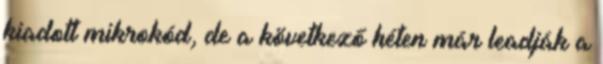
kiadott mikrokód, de a következő héten már leadják a